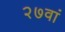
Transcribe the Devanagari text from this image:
२७वां